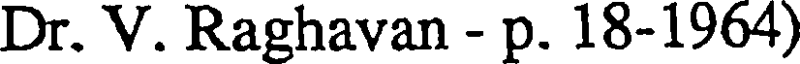
Dr. V. Raghavan - p. 18-1964)